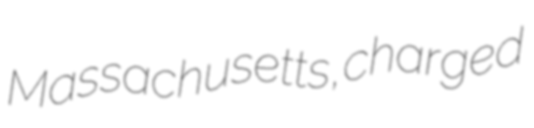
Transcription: Massachusetts, charged